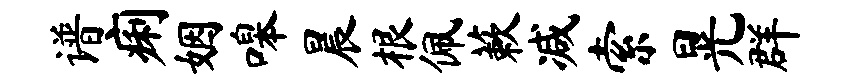
谱痢姻嗥晨根佩蔌减索晃群